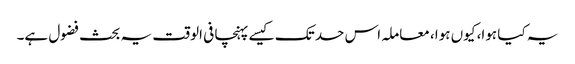
یہ کیا ہوا، کیوں ہوا، معاملہ اس حد تک کیسے پہنچا فی الوقت یہ بحث فضول ہے۔